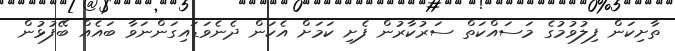
ތާށިކަން ފިލުވުމުގެ މަސައްކަތް ސަރުކާރުން ފެށި ކަމަށް އެކަން ދެނެވަޑައިގަންނަވާ ބައެއް ބޭފުޅުން